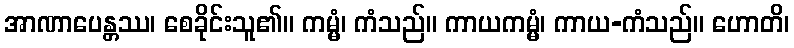
အာဏာပေန္တဿ၊ စေခိုင်းသူ၏။ ကမ္မံ၊ ကံသည်။ ကာယကမ္မံ၊ ကာယ-ကံသည်။ ဟောတိ၊